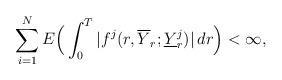
LaTeX: \begin{align*}\sum_{i=1}^NE\Big(\int_0^T|f^j(r,\overline{Y}_r;\underline{Y}^j_r)|\,dr\Big)<\infty,\end{align*}